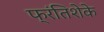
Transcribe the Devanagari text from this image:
फ्रंतिशेके